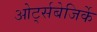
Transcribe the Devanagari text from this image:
ओर्ट्सबेजिर्के